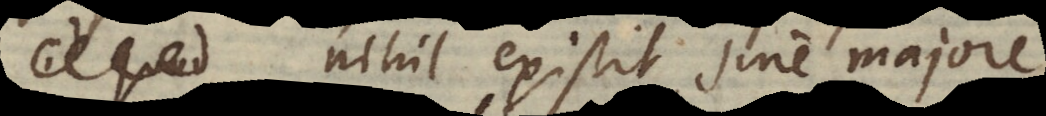
: nihil existit sine majore